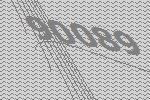
90089